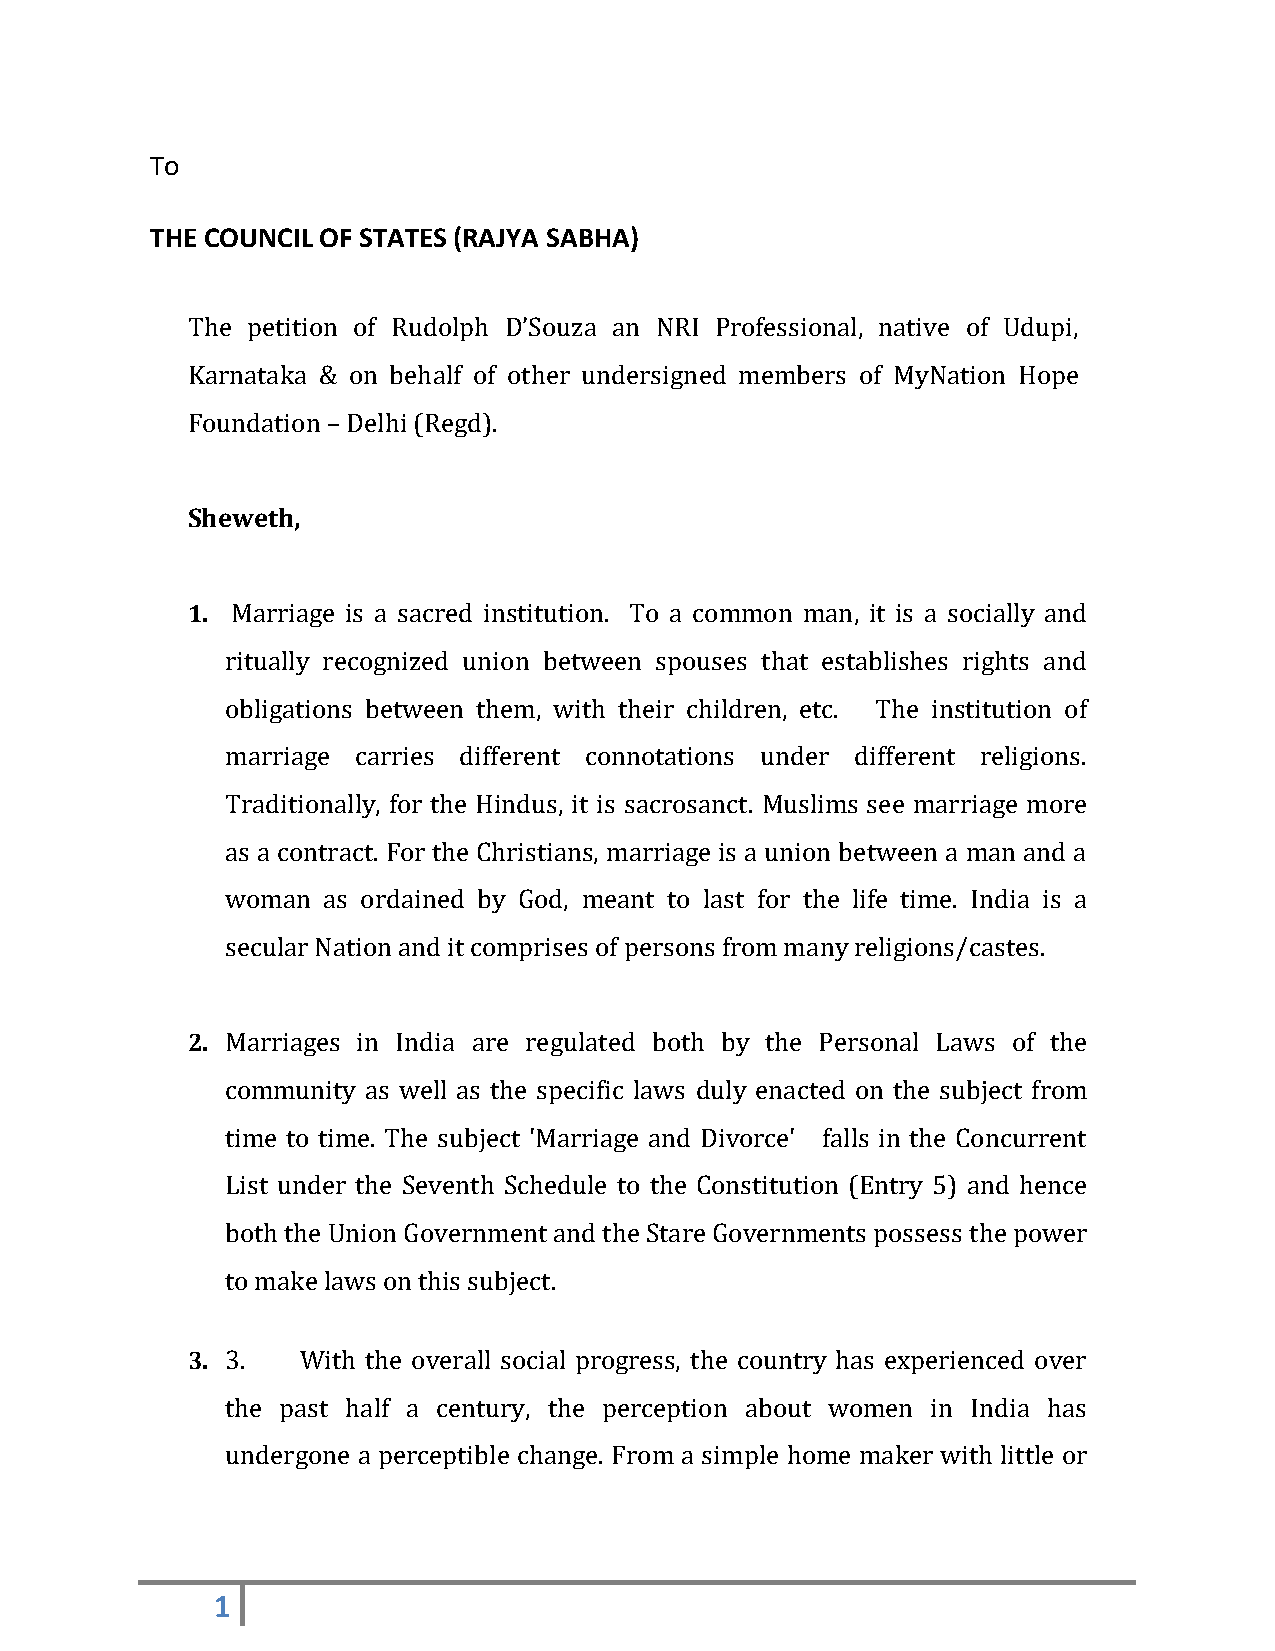
To
 THE COUNCIL OF STATES (RAJYA SABHA)
 The petition of Rudolph D’Souza an NRI Professional, native of Udupi,
 Karnataka & on behalf of other undersigned members of MyNation Hope
 Foundation – Delhi (Regd).
 Sheweth,
 1. Marriage is a sacred institution. To a common man, it is a socially and
 ritually recognized union between spouses that establishes rights and
 obligations between them, with their children, etc. The institution of
 marriage carries different connotations under different religions.
 Traditionally, for the Hindus, it is sacrosanct. Muslims see marriage more
 as a contract. For the Christians, marriage is a union between a man and a
 woman as ordained by God, meant to last for the life time. India is a
 secular Nation and it comprises of persons from many religions/castes.
 2. Marriages in India are regulated both by the Personal Laws of the
 community as well as the specific laws duly enacted on the subject from
 time to time. The subject 'Marriage and Divorce' falls in the Concurrent
 List under the Seventh Schedule to the Constitution (Entry 5) and hence
 both the Union Government and the Stare Governments possess the power
 to make laws on this subject.
 3. 3.   With the overall social progress, the country has experienced over
 the past half a century, the perception about women in India has
 undergone a perceptible change. From a simple home maker with little or
 1